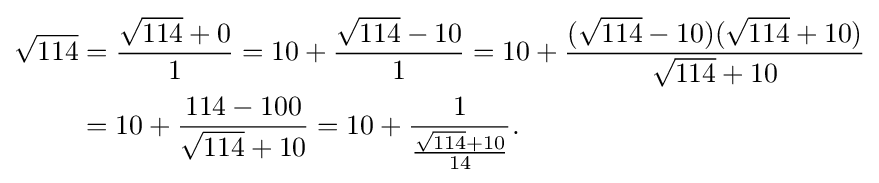
{\begin{aligned}{\sqrt {114}}&={\frac {{\sqrt {114}}+0}{1}}=10+{\frac {{\sqrt {114}}-10}{1}}=10+{\frac {({\sqrt {114}}-10)({\sqrt {114}}+10)}{{\sqrt {114}}+10}}\\&=10+{\frac {114-100}{{\sqrt {114}}+10}}=10+{\frac {1}{\frac {{\sqrt {114}}+10}{14}}}.\end{aligned}}